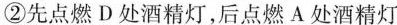
②先点燃D处酒精灯，后点燃A处酒精灯